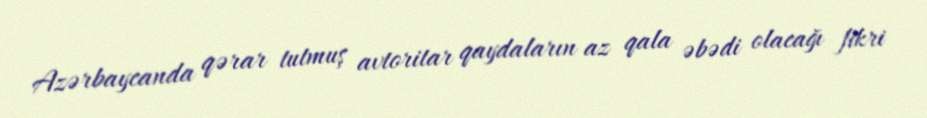
Azərbaycanda qərar tutmuş avtoritar qaydaların az qala əbədi olacağı fikri